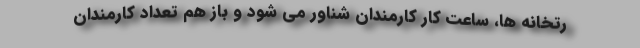
رتخانه ها، ساعت کار کارمندان شناور می شود و باز هم تعداد کارمندان